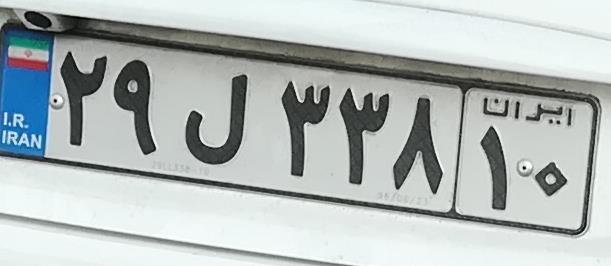
۲۹ل۳۳۸۱۰